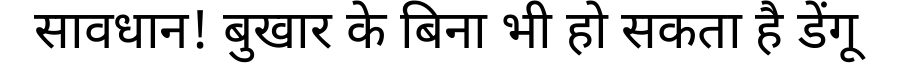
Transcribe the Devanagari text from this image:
सावधान! बुखार के बिना भी हो सकता है डेंगू